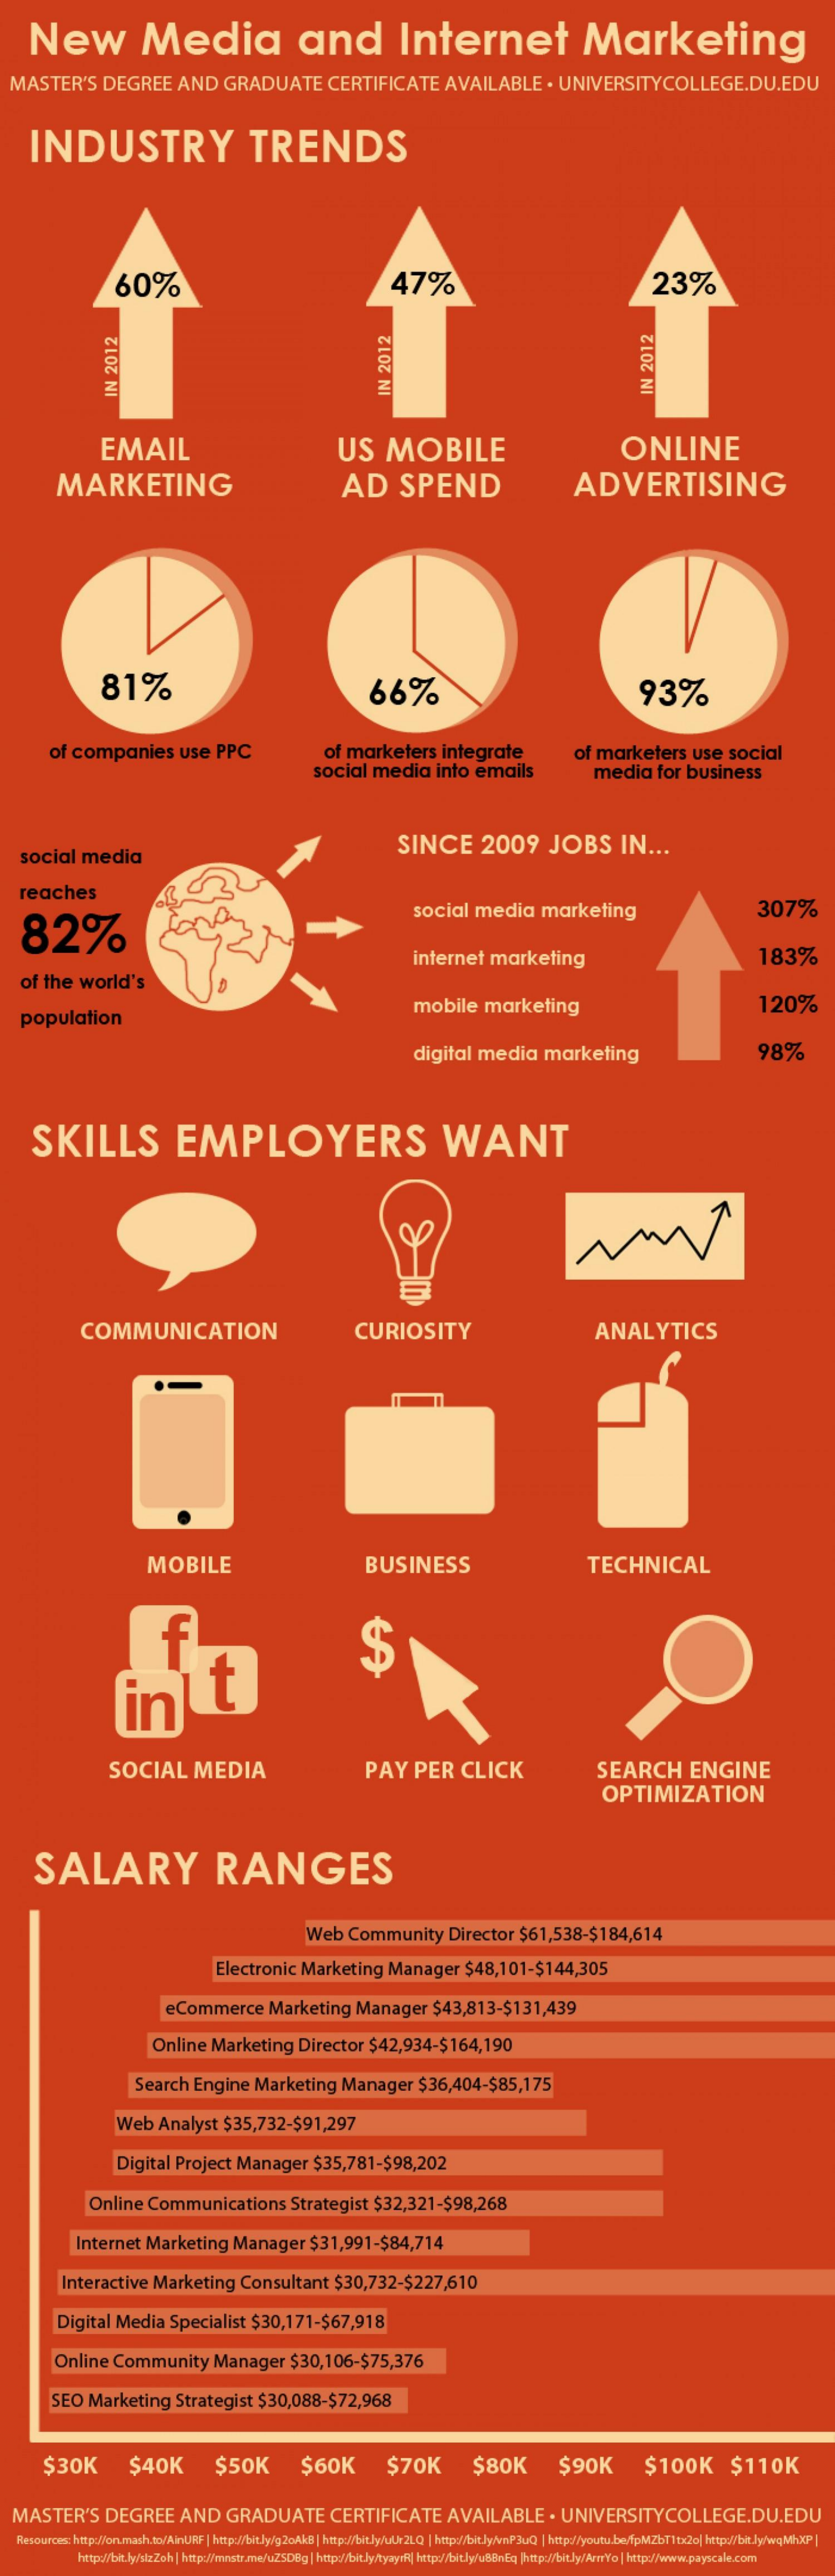
New    Media    and    Internet    Marketing
  MASTER'S    DEGREE    AND    GRADUATE    CERTIFICATE    AVAILABLE    . UNIVERSITYCOLLEGE.DU.EDU
     INDUSTRY    TRENDS
     60%    47%    23%
     IN
     2012
     IN
     2012
     IN
     2012
     EMAIL    US    MOBILE    ONLINE
     MARKETING    AD    SPEND    ADVERTISING
     81%    66%    93%
     of companies    use   PPC    of  marketers    integrate
     social    media    into   emails
     of marketers    use    social
     media    for   business
    social    media
     SINCE    2009    JOBS    IN   ...
    reaches
    82%
     social    media    marketing    307%
     internet    marketing    183%
    of  the   world's
    population
     mobile    marketing    120%
     digital    media    marketing    98%
     SKILLS    EMPLOYERS    WANT
     COMMUNICATION    CURIOSITY    ANALYTICS
     MOBILE    BUSINESS    TECHNICAL
     f
     int
     $
     SOCIAL    MEDIA    PAY    PER    CLICK    SEARCH    ENGINE
     OPTIMIZATION
     SALARY    RANGES
     Web    Community    Director    $61,538-$184,614
     Electronic    Marketing    Manager    $48,101-$144,305
     eCommerce    Marketing    Manager    $43,813-$131,439
     Online    Marketing    Director    $42,934-$164,190
     Search    Engine    Marketing    Manager    $36,404-$85,175
     Web    Analyst    $35,732-$91,297
     Digital   Project    Manager    $35,781-$98,202
     Online    Communications    Strategist    $32,321-$98,268
     Internet    Marketing    Manager    $31,991-$84,714
     Interactive    Marketing    Consultant    $30,732-$227,610
     Digital   Media    Specialist    $30,171-$67,918
     Online    Community    Manager    $30,106-$75,376
     SEO   Marketing    Strategist    $30,088-$72,968
     $30K    $40K    $50K    $60K    $70K    $80K    $90K    $100K    $110K
  MASTER'S    DEGREE    AND    GRADUATE    CERTIFICATE    AVAILABLE    . UNIVERSITYCOLLEGE.DU.EDU
   Resources: http://on.mash.to/AinURF | http://bit.ly/g20AkB | http://bit.ly/uUr2LQ | http:/bit.ly/P3uQ | http://youtu.be/fpMZbt1 tx20] http://bit.ly/wqMhXP|
     http://bit.ly/stzZoh | http://mnstr.me/u2500g | http:/bit Jy/tyayrR| http:/bit.ly/ubliniq http:/bitJy/ArmYo | http:/www.payscale.com